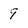
Character: 9